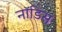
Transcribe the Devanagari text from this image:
नॉडिस